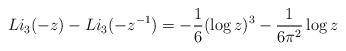
LaTeX: \begin{align*}Li_3(-z) - Li_3(- z^{-1}) = -\frac{1}{6}(\log z)^3 - \frac{1}{6 \pi^2} \log z \end{align*}